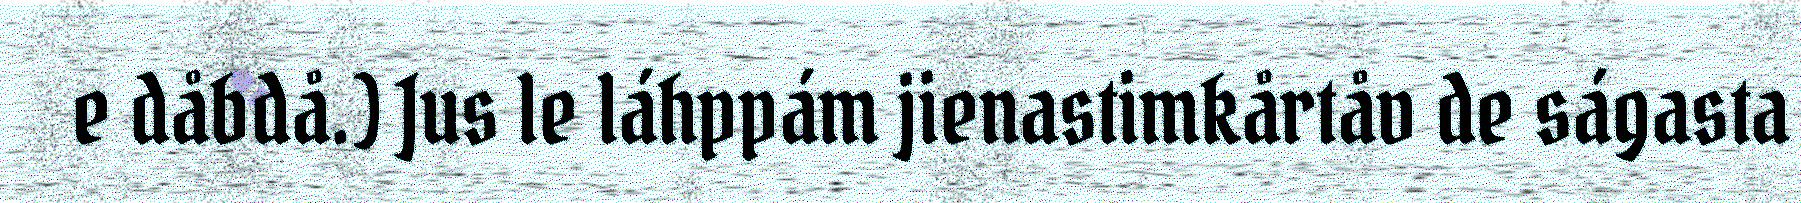
e dåbdå.) Jus le láhppám jienastimkårtåv de ságasta